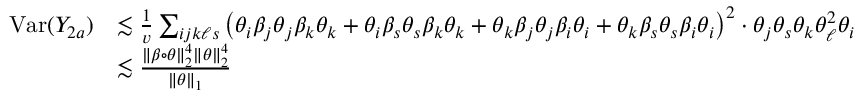
\begin{array} { r l } { \mathrm { V a r } ( Y _ { 2 a } ) } & { \lesssim \frac { 1 } { v } \sum _ { i j k \ell s } \big ( \theta _ { i } \beta _ { j } \theta _ { j } \beta _ { k } \theta _ { k } + \theta _ { i } \beta _ { s } \theta _ { s } \beta _ { k } \theta _ { k } + \theta _ { k } \beta _ { j } \theta _ { j } \beta _ { i } \theta _ { i } + \theta _ { k } \beta _ { s } \theta _ { s } \beta _ { i } \theta _ { i } \big ) ^ { 2 } \cdot \theta _ { j } \theta _ { s } \theta _ { k } \theta _ { \ell } ^ { 2 } \theta _ { i } } \\ & { \lesssim \frac { \| \beta \circ \theta \| _ { 2 } ^ { 4 } \| \theta \| _ { 2 } ^ { 4 } } { \| \theta \| _ { 1 } } } \end{array}